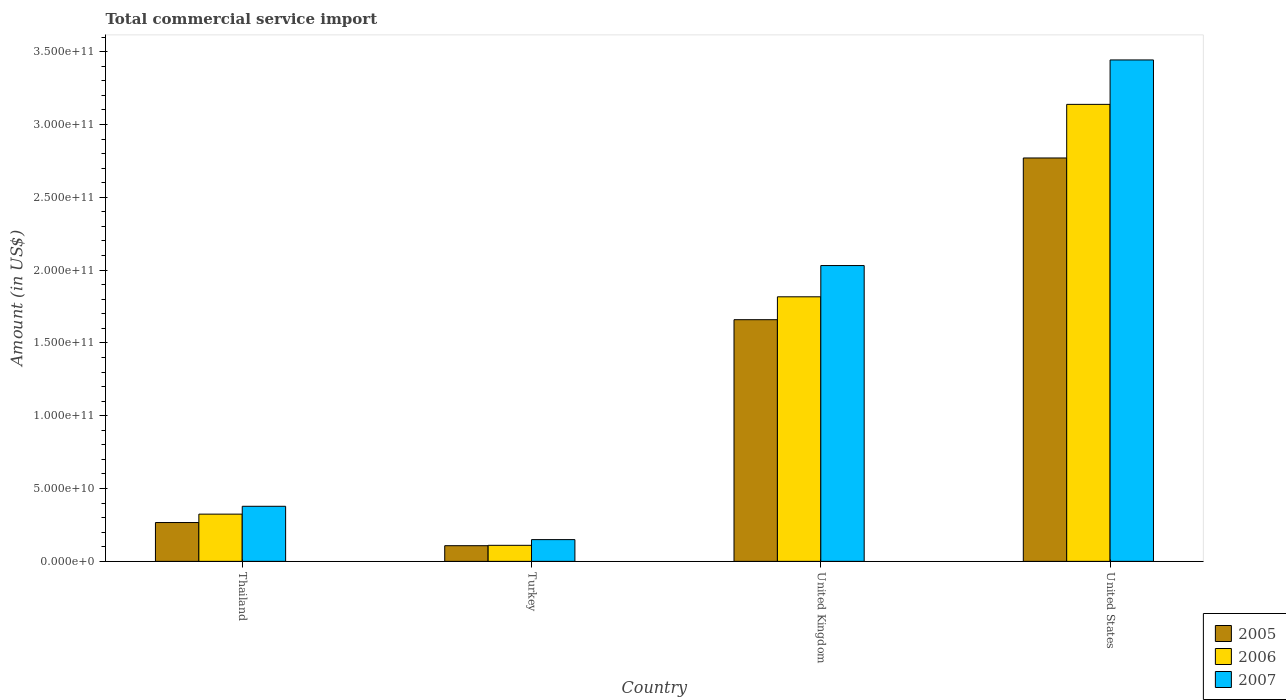
| Country | 2005 | 2006 | 2007 |
 | --- | --- | --- | --- |
 | Thailand | 2.67e+10 | 3.24e+10 | 3.78e+10 |
 | Turkey | 1.08e+10 | 1.1e+10 | 1.49e+10 |
 | United Kingdom | 1.66e+11 | 1.82e+11 | 2.03e+11 |
 | United States | 2.77e+11 | 3.14e+11 | 3.44e+11 |